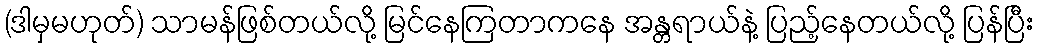
(ဒါမှမဟုတ်) သာမန်ဖြစ်တယ်လို့ မြင်နေကြတာကနေ အန္တရာယ်နဲ့ ပြည့်နေတယ်လို့ ပြန်ပြီး